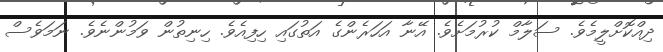
ދިއްކޮށްލީމެވެ. ސަލާމް ކުރުމަށެވެ. އޭނާ އަހަރެންގެ އަތުގައި ހިފިއެވެ. ހިނިތުން ވަމުންނެވެ. ނަމަވެސް